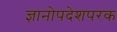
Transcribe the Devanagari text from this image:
ज्ञानोपदेशपरक